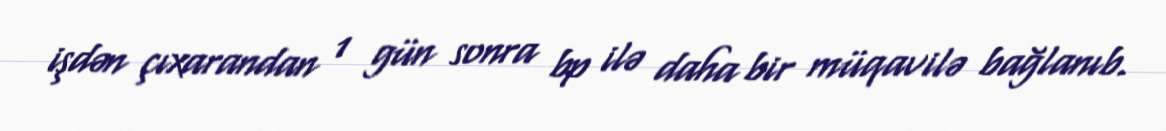
işdən çıxarandan 1 gün sonra bp ilə daha bir müqavilə bağlanıb.